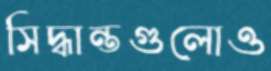
সিদ্ধান্তগুলোও